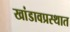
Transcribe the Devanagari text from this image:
खांडावप्रस्थात